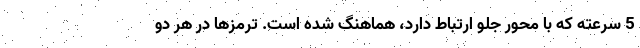
5 سرعته که با محور جلو ارتباط دارد، هماهنگ شده است. ترمزها در هر دو